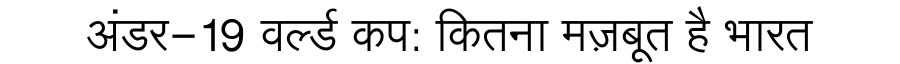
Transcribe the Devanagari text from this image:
अंडर-19 वर्ल्ड कप: कितना मज़बूत है भारत